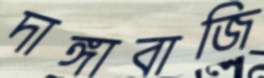
দাঙ্গাবাজি